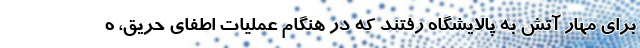
برای مهار آتش به پالایشگاه رفتند که در هنگام عملیات اطفای حریق، ه